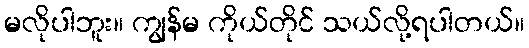
မလိုပါဘူး။ ကျွန်မ ကိုယ်တိုင် သယ်လို့ရပါတယ်။